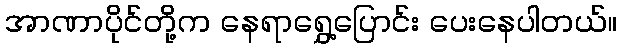
အာဏာပိုင်တို့က နေရာရွှေ့ပြောင်း ပေးနေပါတယ်။